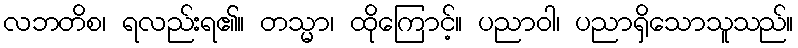
လဘတိစ၊ ရလည်းရ၏။ တသ္မာ၊ ထိုကြောင့်။ ပညာဝါ၊ ပညာရှိသောသူသည်။